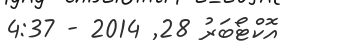
އޮކްޓޯބަރު 28